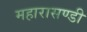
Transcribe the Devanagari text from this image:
महारासण्डी